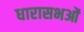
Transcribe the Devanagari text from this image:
धारासभओं